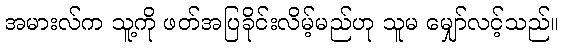
အမားလ်က သူ့ကို ဖတ်အပြခိုင်းလိမ့်မည်ဟု သူမ မျှော်လင့်သည်။